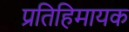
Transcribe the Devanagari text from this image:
प्रतिहिमायक